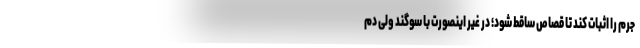
جرم را اثبات کند تا قصاص ساقط شود؛ در غیر اینصورت با سوگند ولی دم